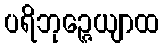
ပရိဘုဉ္ဇေယျာထ